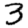
Digit: 3